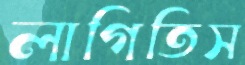
লাগিতিস